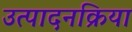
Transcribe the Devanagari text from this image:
उत्पादनक्रिया